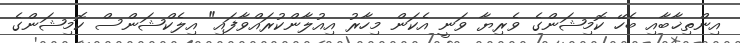
އިންތިޚާބާއި ބެހޭ ކޮމިޝަންގެ ވެރިޔާ ވަނީ އެކަން މިހާރު އިއުލާންކުރައްވާފައި" އިލެކްޝަންސް ކޮމިޝަންގެ